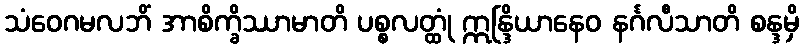
သံဝေဂမလဘိံ အာစိက္ခိဿာမာတိ ပစ္စလတ္ထုံ ဣန္ဒြိယာနေဝ နင်္ဂလီသာတိ စန္ဒမှိ